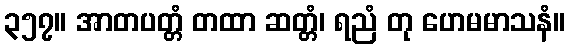
၃၅၇။ အာတပတ္တံ တထာ ဆတ္တံ၊ ရညံ တု ဟေမမာသနံ။